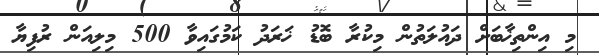
މި އިންތިޚާބަށް ދައުލަތުން މިކުރާ ބޮޑު ޚަރަދު ކަމުގައިވާ 500 މިލިއަން ރުފިޔާ